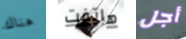
هناك هاتفت أجل